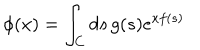
\phi ( x ) = \int _ { C } d s \, g ( s ) e ^ { x f ( s ) }